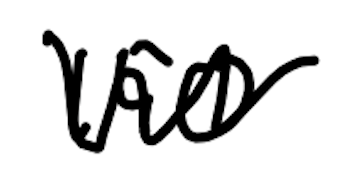
Text: 150
Cross-out: zig-zag
Writing tool: digital_black